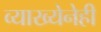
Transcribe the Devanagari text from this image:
व्याख्येनेही